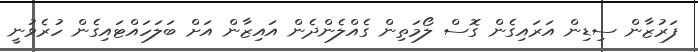
ފަރުޒާން ސިޑިން އަރައިގެން ގޮސް ލޯމަތިން ގެއްލެންދެން އައިޒާން އަށް ބަލަހައްޓައިގެން ހުރެވުނީ